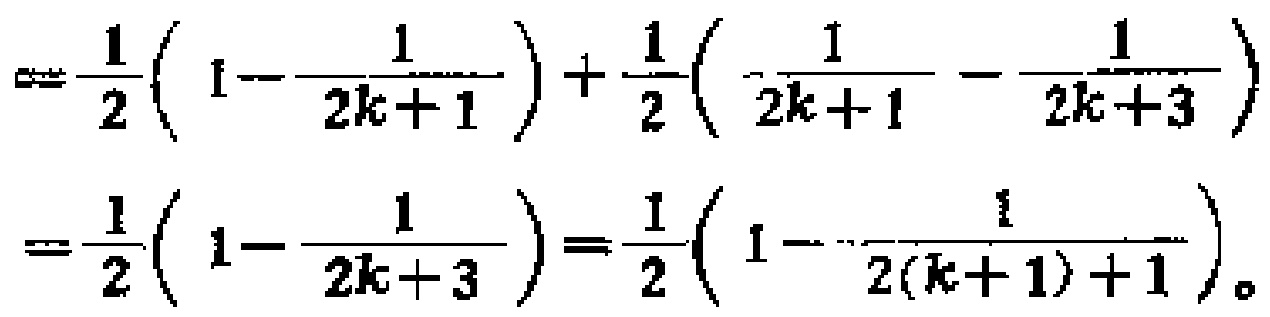
\[
\begin{align*}
&=\frac{1}{2}\left(1 - \frac{1}{2k + 1}\right)+\frac{1}{2}\left(\frac{1}{2k + 1}-\frac{1}{2k + 3}\right)\\
&=\frac{1}{2}\left(1-\frac{1}{2k + 3}\right)=\frac{1}{2}\left(1-\frac{1}{2(k + 1)+1}\right)。
\end{align*}
\]